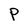
Character: P